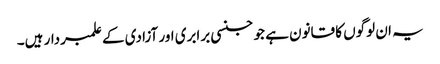
یہ ان لوگوں کا قانون ہے جو جنسی برابری اور آزادی کے علمبردار ہیں۔